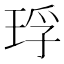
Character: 琈